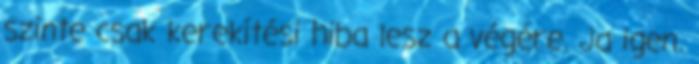
szinte csak kerekítési hiba lesz a végére. Ja igen.